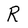
Character: R